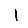
Digit: 1